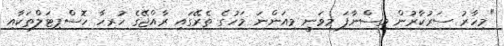
"މިހާރު ސަރުކާރުން ވިސްނާފަ މިވަނީ މިއަންނަ މަހުގެ ތެރޭގައި ރާއްޖޭގެ ހުރިހާ ހޮސްޕިޓަލްތަކާއި